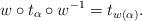
LaTeX: \begin{align*}w\circ t_\alpha\circ w^{-1}= t_{w(\alpha)}. \end{align*}